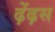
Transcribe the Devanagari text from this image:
ढ़ेंढ़स